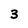
Character: 3